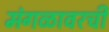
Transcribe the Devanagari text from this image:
मंगळावरची